Leningradi_Edasi_toimetus, lk 155
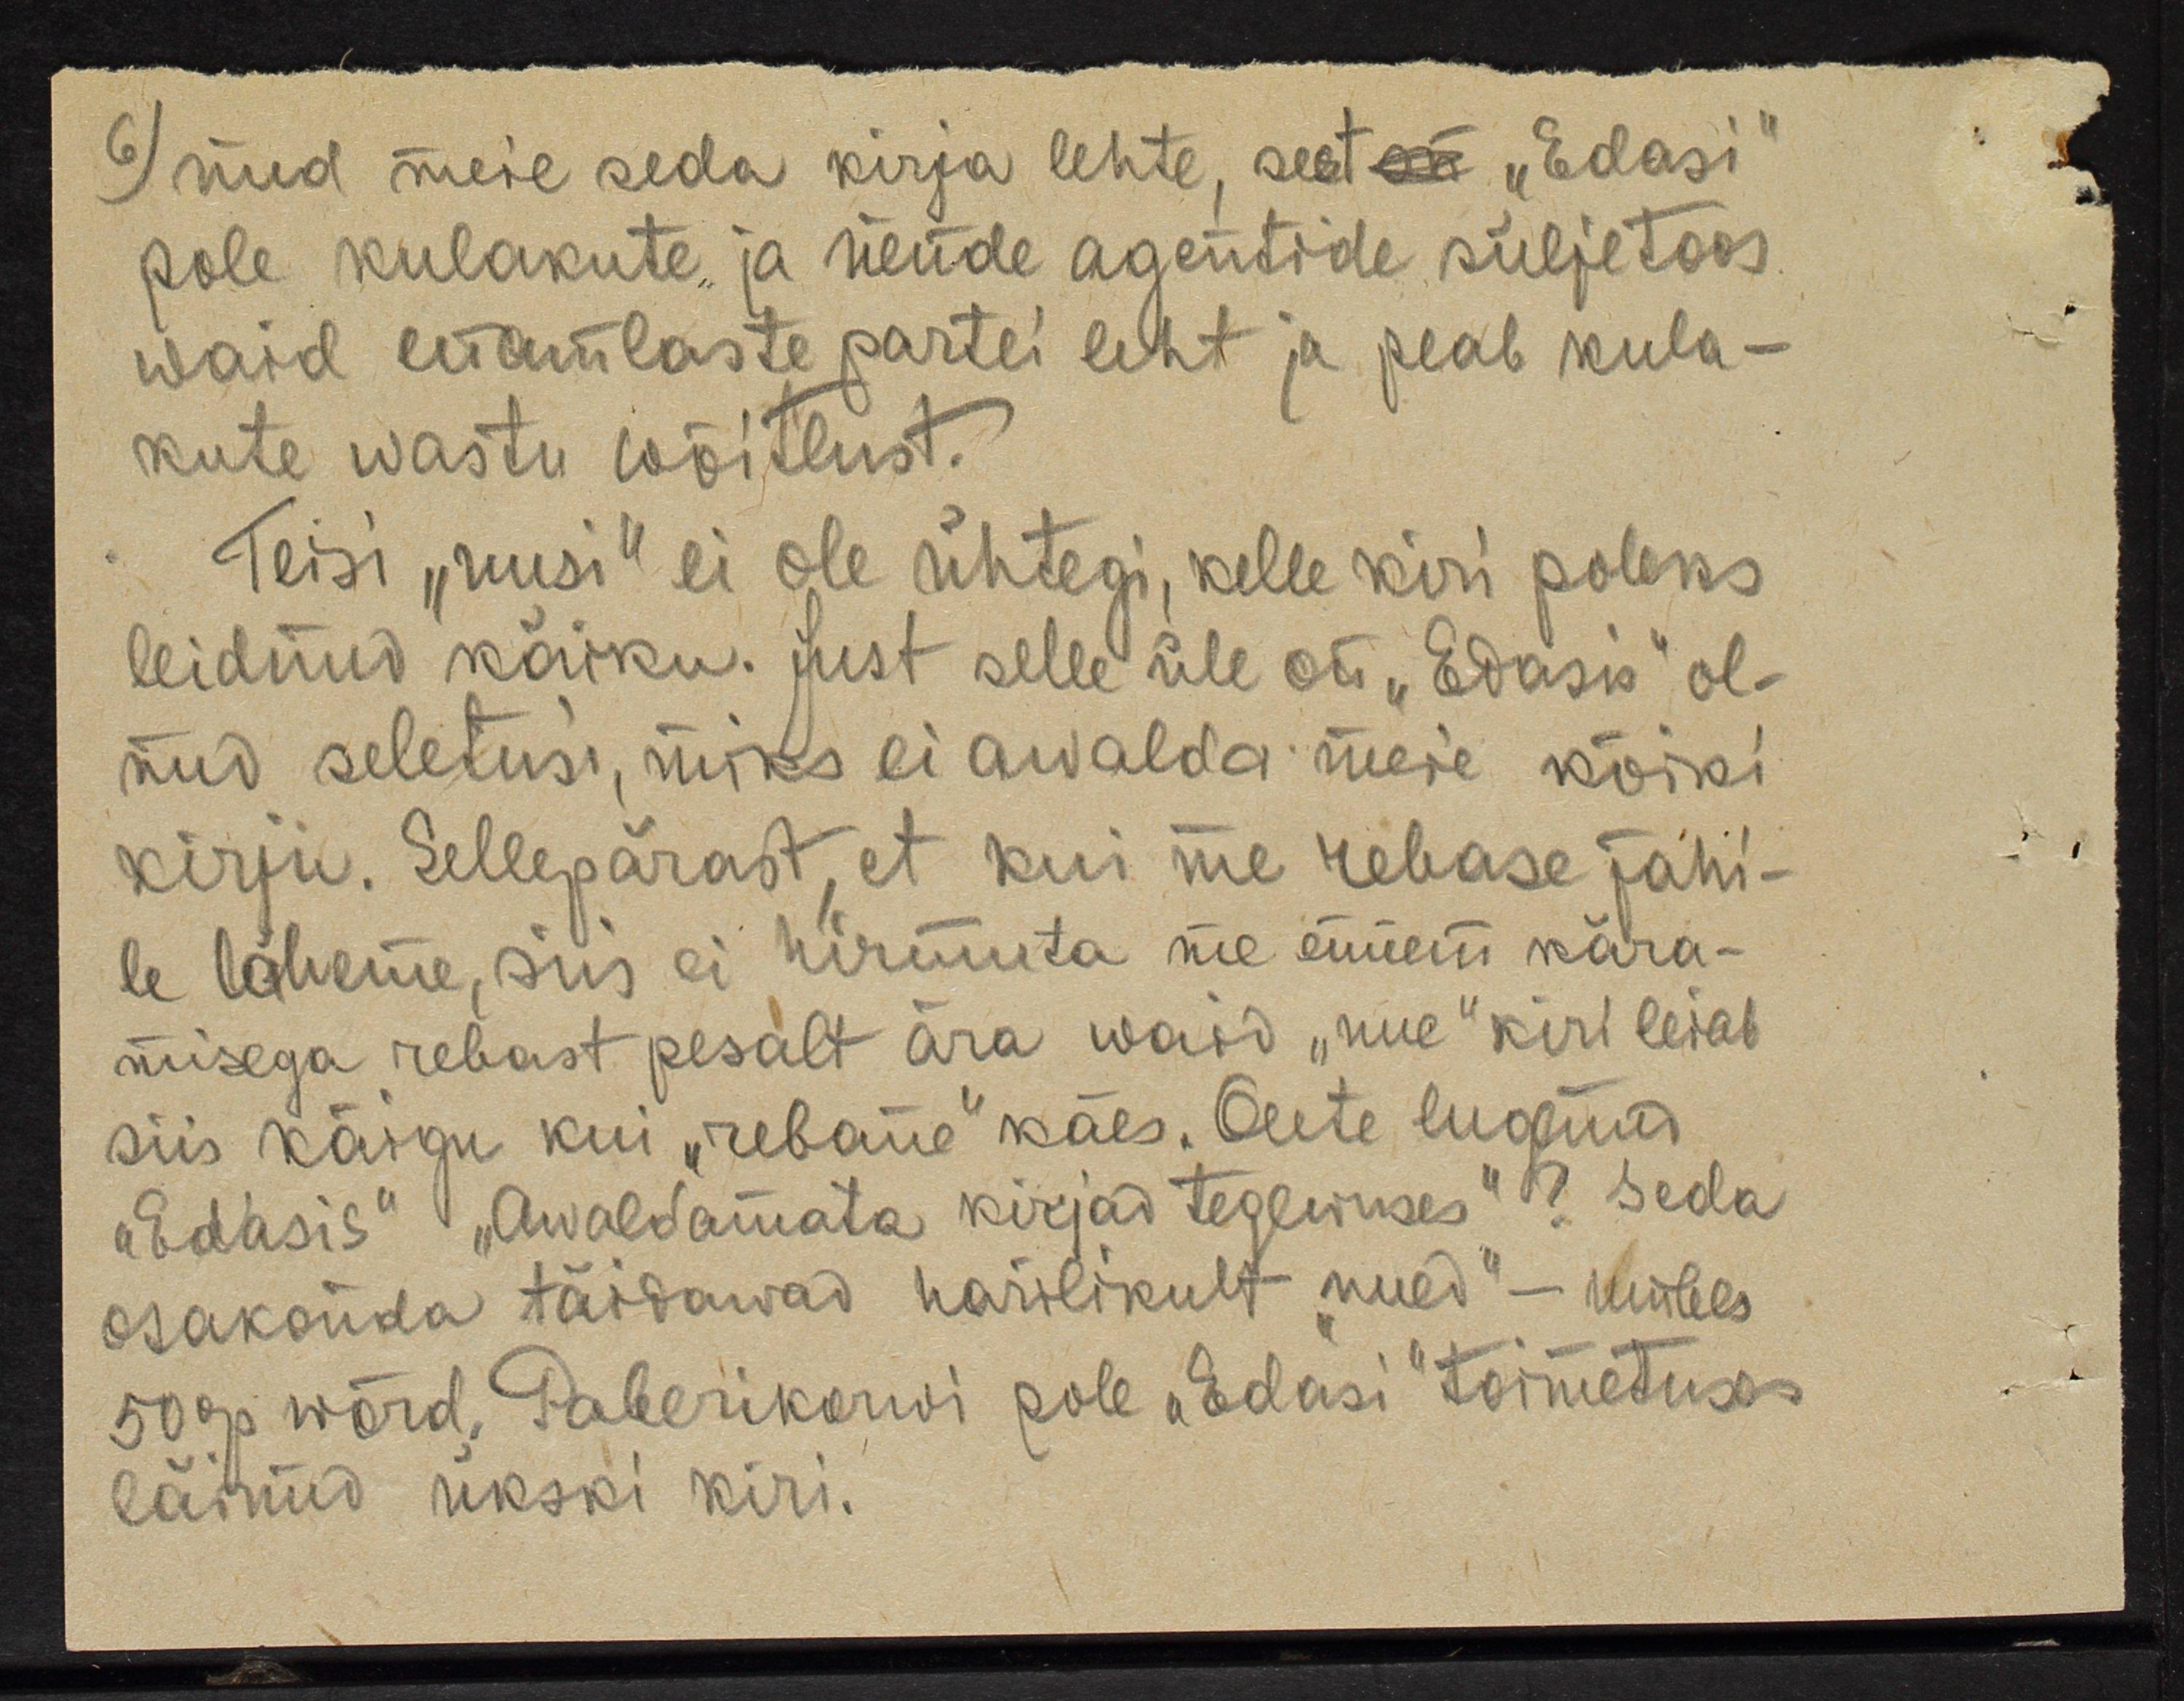
6) nud meie seda kirja lehte, sest on "Edasi"
pole kulakute ja nende agentide süljetoos.
waid enamlaste partei leht ja peab kula-
kute wastu wõitlust.
Teisi "uusi" ei ole ühtegi, kelle kiri poleks
leidnud käiku. Just selle üle on "Edasis" ol-
nud seletusi, miks ei awalda meie kõiki
kirju. Sellepärast, et kui me rebase jahi-
le läheme, siis ei hirmuta me ennem kära-
misega rebast pesalt ära waid "uue" kiri leiab
siis käigu kui "rebane" käes. Olete lugenud
"Edasis" "Awaldamata kirjad tegewuses" ? Seda
osakonda täidawad harilikult "uued" - umbes
50 % wõrd, Paberikorwi pole "Edasi" toimetuses
läinud ükski kiri.